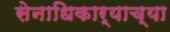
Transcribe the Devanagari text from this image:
सेनाधिकार्याच्या